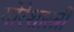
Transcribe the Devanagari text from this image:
गोरेशास्त्री